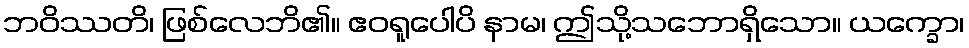
ဘဝိဿတိ၊ ဖြစ်လေဘိ၏။ ဧဝရူပေါပိ နာမ၊ ဤသို့သဘောရှိသော။ ယက္ခော၊